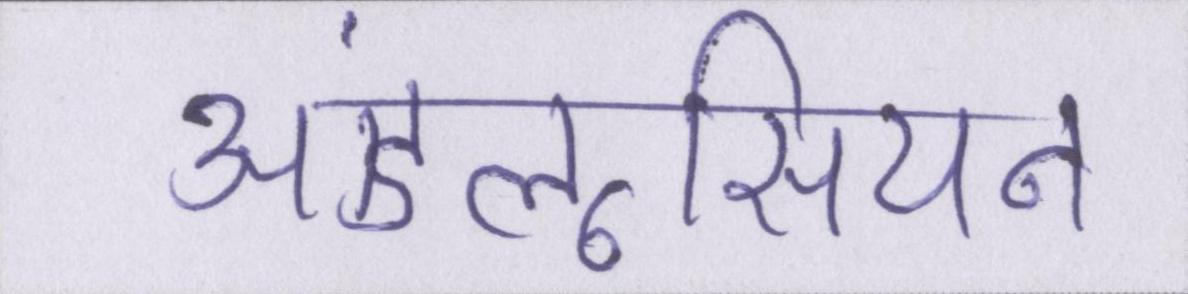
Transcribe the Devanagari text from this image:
अंडलूसियन